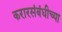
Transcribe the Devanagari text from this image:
करारसंबंधीच्या